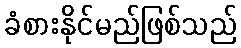
ခံစားနိုင်မည်ဖြစ်သည်